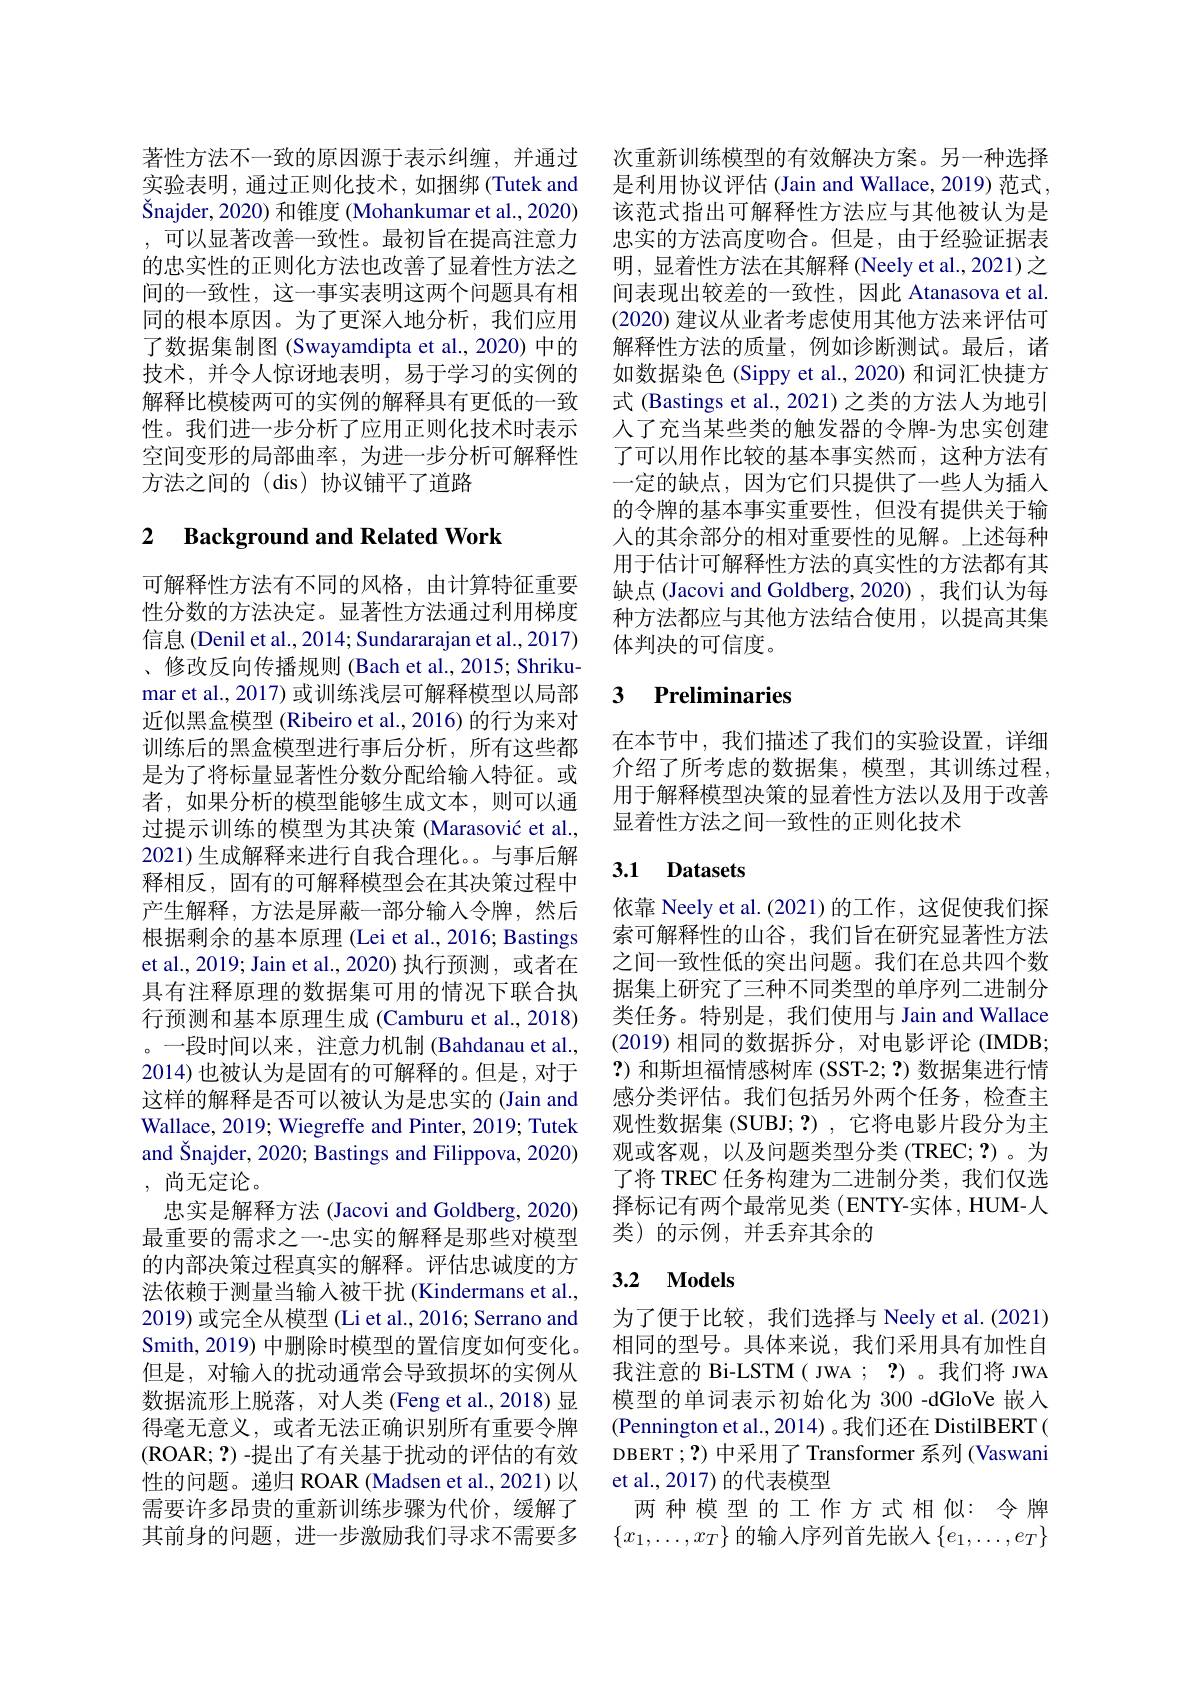
著性方法不一致的原因源于表示纠缠，并通过实验表明，通过正则化技术，如捆绑(Tutek and Šnajder, 2020) 和锥度 (Mohankumar et al., 2020) ,可以显著改善一致性。最初旨在提高注意力的忠实性的正则化方法也改善了显着性方法之间的一致性，这一事实表明这两个问题具有相同的根本原因。为了更深人地分析，我们应用了数据集制图 (Swayamdipta et al.,2020) 中的技术，并令人惊讶地表明，易于学习的实例的解释比模棱两可的实例的解释具有更低的一致性。我们进一步分析了应用正则化技术时表示空间变形的局部曲率，为进一步分析可解释性方法之间的 (dis) 协议铺平了道路

## 2 $\textbf{Background and Related Work}$

可解释性方法有不同的风格，由计算特征重要性分数的方法决定。显著性方法通过利用梯度信息 (Denil et al., 2014; Sundararajan et al., 2017) 、修改反向传播规则 (Bach et al., 2015; Shrikumar et al., 2017) 或训练浅层可解释模型以局部近似黑盒模型 (Ribeiro et al., 2016) 的行为来对训练后的黑盒模型进行事后分析，所有这些都是为了将标量显著性分数分配给输入特征。或者，如果分析的模型能够生成文本，则可以通过提示训练的模型为其决策 (Marasović et al., 2021)生成解释来进行自我合理化。与事后解释相反，固有的可解释模型会在其决策过程中产生解释，方法是屏蔽一部分输入令牌，然后根据剩余的基本原理 (Lei et al., 2016; Bastings et al., 2019; Jain et al., 2020) 执行预测，或者在具有注释原理的数据集可用的情况下联合执行预测和基本原理生成 (Camburu et al., 2018) 。一段时间以来，注意力机制 (Bahdanau et al., 2014) 也被认为是固有的可解释的。但是，对于这样的解释是否可以被认为是忠实的(Jain and Wallace, 2019; Wiegreffe and Pinter, 2019; Tutek and Šnajder, 2020; Bastings and Filippova, 2020) , 尚无定论。
忠实是解释方法 (Jacovi and Goldberg, 2020) 最重要的需求之一-忠实的解释是那些对模型的内部决策过程真实的解释。评估忠诚度的方法依赖于测量当输入被干扰(Kindermans et al., 2019) 或完全从模型 (Li et al., 2016; Serrano and Smith, 2019) 中删除时模型的置信度如何变化。但是，对输入的扰动通常会导致损坏的实例从数据流形上脱落，对人类(Feng et al.,2018)显得毫无意义，或者无法正确识别所有重要令牌(ROAR; ? ) -提出了有关基于扰动的评估的有效性的问题。递归 ROAR (Madsen et al., 2021)以需要许多昂贵的重新训练步骤为代价，缓解了其前身的问题，进一步激励我们寻求不需要多

次重新训练模型的有效解决方案。另一种选择是利用协议评估 (Jain and Wallace, 2019) 范式， 该范式指出可解释性方法应与其他被认为是忠实的方法高度吻合。但是，由于经验证据表明，显着性方法在其解释 (Neely et al., 2021) 之间表现出较差的一致性，因此 Atanasova et al. (2020) 建议从业者考虑使用其他方法来评估可解释性方法的质量，例如诊断测试。最后，诸如数据染色(Sippy et al., 2020) 和词汇快捷方式 (Bastings et al., 2021) 之类的方法人为地引人了充当某些类的触发器的令牌-为忠实创建了可以用作比较的基本事实然而，这种方法有一定的缺点，因为它们只提供了一些人为插入的令牌的基本事实重要性，但没有提供关于输人的其余部分的相对重要性的见解。上述每种用于估计可解释性方法的真实性的方法都有其缺点 (Jacovi and Goldberg, 2020) , 我们认为每种方法都应与其他方法结合使用，以提高其集体判决的可信度。

## 3 Preliminaries

在本节中，我们描述了我们的实验设置，详细介绍了所考虑的数据集，模型，其训练过程， 用于解释模型决策的显着性方法以及用于改善显着性方法之间一致性的正则化技术

# 3.1 Datasets

依靠 Neely et al. (2021)的工作，这促使我们探索可解释性的山谷，我们旨在研究显著性方法之间一致性低的突出问题。我们在总共四个数据集上研究了三种不同类型的单序列二进制分类任务。特别是，我们使用与 Jain and Wallace (2019)相同的数据拆分，对电影评论 (IMDB; ?)和斯坦福情感树库(SST-2; ?) 数据集进行情感分类评估。我们包括另外两个任务，检查主观性数据集 (SUBJ; ?) , 它将电影片段分为主观或客观，以及问题类型分类 (TREC;?)。为了将 TREC 任务构建为二进制分类，我们仅选择标记有两个最常见类 (ENTY-实体，HUM-人类)的示例，并丢弃其余的

## 3.2 $\mathbf{Models}$

为了便于比较，我们选择与 Neely et al.(2021) 相同的型号。具体来说，我们采用具有加性自我注意的 Bi-LSTM( JWA ; ?)。我们将 JWA 模型的单词表示初始化为 300 -dGloVe 嵌入(Pennington et al., 2014) 。我们还在 DistilBERT( DBERT ;?)中采用了 Transformer 系列 (Vaswani et al., 2017) 的代表模型
两种模型的工作方式相似：令牌$\{x_1,\ldots,x_T\}$ 的输入序列首先嵌入$\{e_1,\ldots,e_T\}$